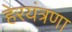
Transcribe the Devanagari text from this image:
हेरयंत्रणा